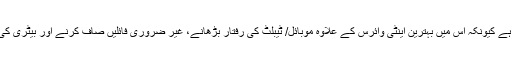
اسے ’’ہر فن مولا‘‘ (آل اِن ون) ایپ بھی کہا جاتا ہے کیونکہ اس میں بہترین اینٹی وائرس کے علاوہ موبائل/ ٹیبلٹ کی رفتار بڑھانے، غیر ضروری فائلیں صاف کرنے اور بیٹری کی عمر بڑھانے والے فیچرز ایک ساتھ موجود ہیں۔